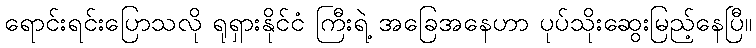
ရောင်းရင်းပြောသလို ရုရှားနိုင်ငံ ကြီးရဲ့ အခြေအနေဟာ ပုပ်သိုးဆွေးမြည့်နေပြီ။